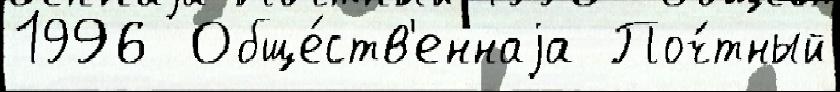
1996  Обще́ств'еннаjа Поч́тный